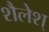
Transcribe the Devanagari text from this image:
शैलेश्